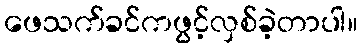
ဖေသက်ခင်ကဖွင့်လှစ်ခဲ့တာပါ။